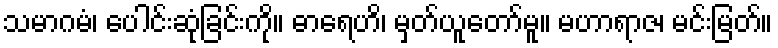
သမာဂမံ၊ ပေါင်းဆုံခြင်းကို။ ဓာရေဟိ၊ မှတ်ယူတော်မူ။ မဟာရာဇ၊ မင်းမြတ်။